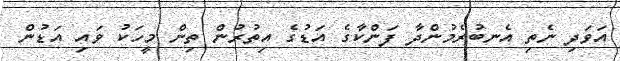
އަވަދި ނެތި އެނބުރެމުންދާ ފަންކާގެ އަޑުގެ އިތުރުން ތިން މީހަކު ވައި އަޑުން